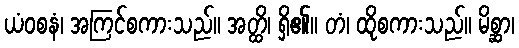
ယံဝစနံ၊ အကြင်စကားသည်။ အတ္ထိ၊ ရှိ၏။ တံ၊ ထိုစကားသည်။ မိစ္ဆာ၊